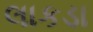
લાકડા